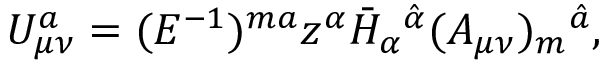
U _ { \mu \nu } ^ { a } = ( E ^ { - 1 } ) ^ { m a } z ^ { \alpha } \bar { H } _ { \alpha } { } ^ { \hat { \alpha } } ( A _ { \mu \nu } ) _ { m } { } ^ { \hat { a } } ,